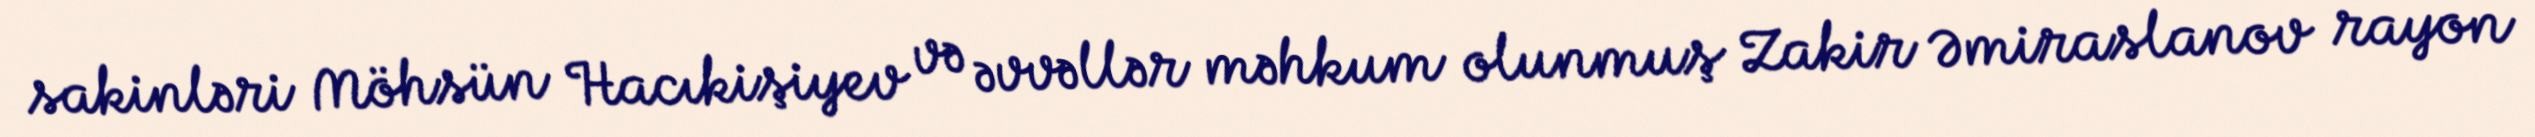
sakinləri Möhsün Hacıkişiyev və əvvəllər məhkum olunmuş Zakir Əmiraslanov rayon